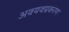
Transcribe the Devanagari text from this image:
अवयवप्रकरण